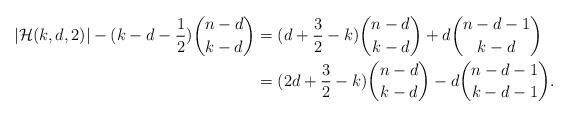
LaTeX: \begin{align*}\begin{aligned}|\mathcal H(k,d,2)|-(k-d-\frac{1}{2})\binom{n-d}{k-d}&=(d+\frac{3}{2}-k)\binom{n-d}{k-d}+d\binom{n-d-1}{k-d}\\&=(2d+\frac{3}{2}-k)\binom{n-d}{k-d}-d\binom{n-d-1}{k-d-1}.\end{aligned}\end{align*}